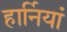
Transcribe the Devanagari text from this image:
हार्नियां